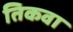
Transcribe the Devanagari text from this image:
तिकवा